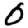
Digit: 0